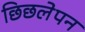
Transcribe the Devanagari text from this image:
छिछलेपन